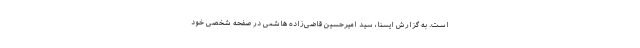
است. به گزارش ایسنا، سید امیرحسین قاضی‌زاده هاشمی در صفحه شخصی خود